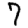
Digit: 7